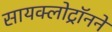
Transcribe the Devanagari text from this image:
सायक्लोट्रॉनने